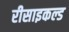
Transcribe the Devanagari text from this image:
रीसाइकल्ड